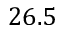
2 6 . 5